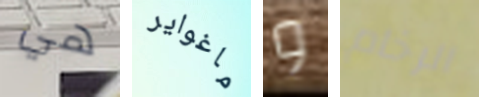
هي ماغواير و الرخام